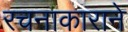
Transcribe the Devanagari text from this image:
रचनाकाराने